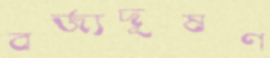
বর্জ্যদূষণ